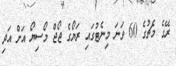
ރޭގެ މެޗުގެ 60 ވަނަ މިނެޓުގައި ރަޔޯގެ ޖޯޖް މޯސިޔޯ އަށް އަދި